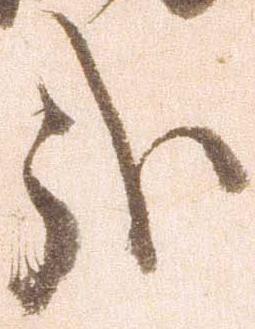
哉